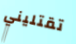
تقتليني